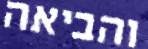
והביאה